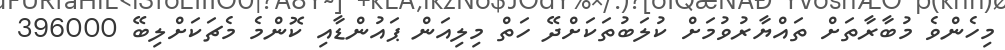
މިހެންވެ މުބާރާތަށް ތައްޔާރުވުމަށް ކުލަބުތަކަށްދޭ ހަތް މިލިއަން ޕައުންޑާއި ކޮންމެ މެޗަކަށްލިބޭ 396000